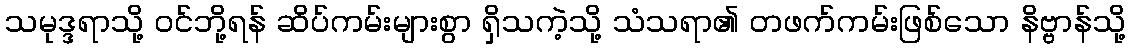
သမုဒ္ဒရာသို့ ဝင်ဘို့ရန် ဆိပ်ကမ်းများစွာ ရှိသကဲ့သို့ သံသရာ၏ တဖက်ကမ်းဖြစ်သော နိဗ္ဗာန်သို့